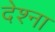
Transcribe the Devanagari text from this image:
देश्ना